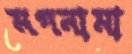
মগনামা